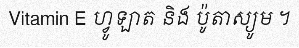
Vitamin E ហ្វូឡាត និង ប៉ូតាស្យូម ។